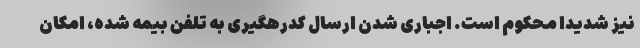
نیز شدیدا محکوم است. اجباری شدن ارسال کدرهگیری به تلفن بیمه شده، امکان